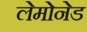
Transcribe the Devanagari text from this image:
लेमोनेड